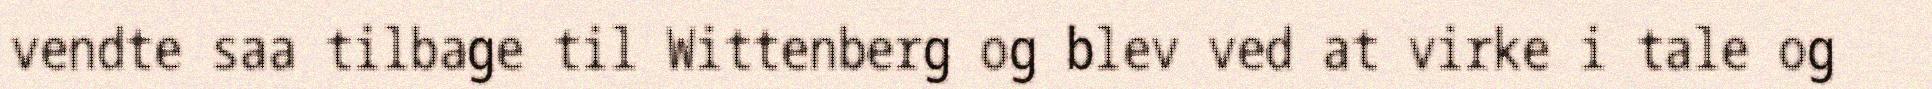
vendte saa tilbage til Wittenberg og blev ved at virke i tale og